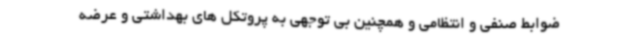
ضوابط صنفی و انتظامی و همچنین بی توجهی به پروتکل های بهداشتی و عرضه